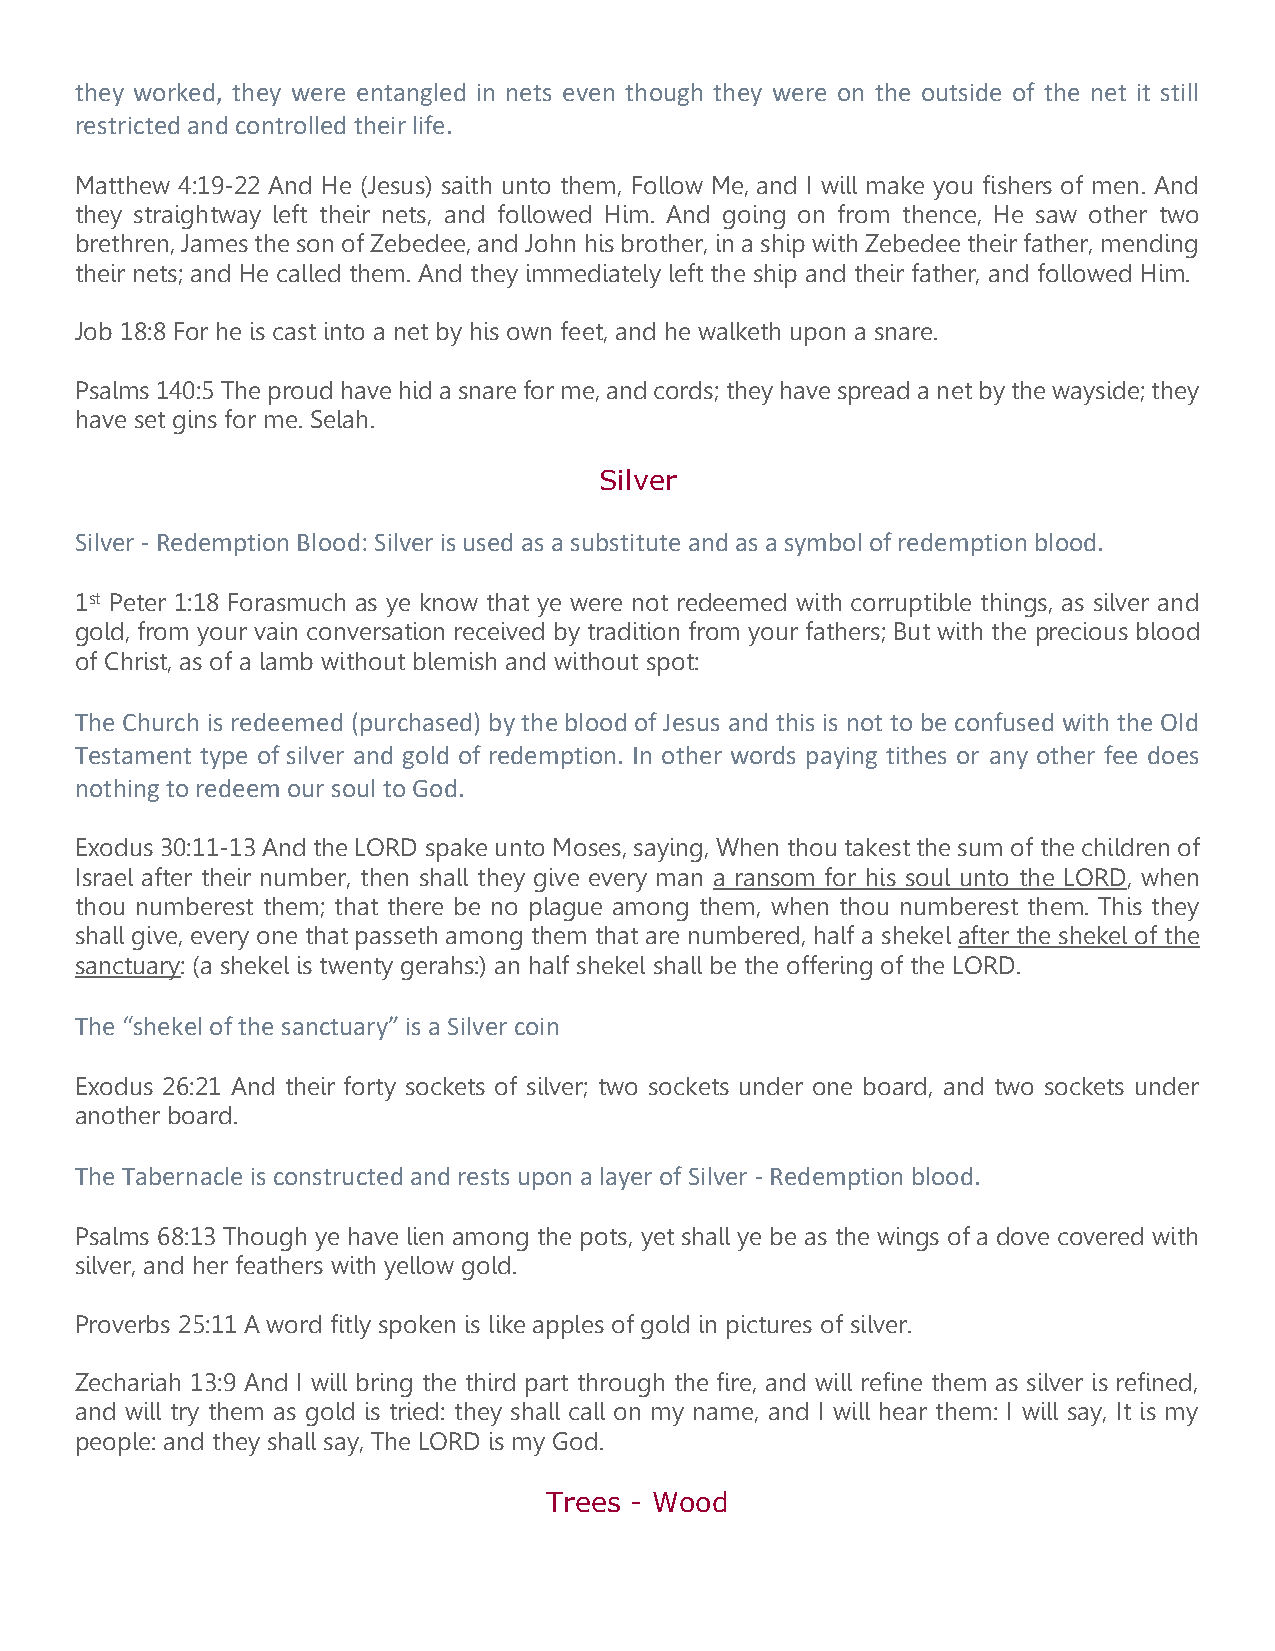
they worked, they were entangled in nets even though they were on the outside of the net it still
 restricted and controlled their life.
 Matthew 4:19-22 And He (Jesus) saith unto them, Follow Me, and I will make you fishers of men. And
 they straightway left their nets, and followed Him. And going on from thence, He saw other two
 brethren, James the son of Zebedee, and John his brother, in a ship with Zebedee their father, mending
 their nets; and He called them. And they immediately left the ship and their father, and followed Him.
 Job 18:8 For he is cast into a net by his own feet, and he walketh upon a snare.
 Psalms 140:5 The proud have hid a snare for me, and cords; they have spread a net by the wayside; they
 have set gins for me. Selah.
 Silver
 Silver - Redemption Blood: Silver is used as a substitute and as a symbol of redemption blood.
 1st Peter 1:18 Forasmuch as ye know that ye were not redeemed with corruptible things, as silver and
 gold, from your vain conversation received by tradition from your fathers; But with the precious blood
 of Christ, as of a lamb without blemish and without spot:
 The Church is redeemed (purchased) by the blood of Jesus and this is not to be confused with the Old
 Testament type of silver and gold of redemption. In other words paying tithes or any other fee does
 nothing to redeem our soul to God.
 Exodus 30:11-13 And the LORD spake unto Moses, saying, When thou takest the sum of the children of
 Israel after their number, then shall they give every man a ransom for his soul unto the LORD, when
 thou numberest them; that there be no plague among them, when thou numberest them. This they
 shall give, every one that passeth among them that are numbered, half a shekel after the shekel of the
 sanctuary: (a shekel is twenty gerahs:) an half shekel shall be the offering of the LORD.
 The “shekel of the sanctuary” is a Silver coin
 Exodus 26:21 And their forty sockets of silver; two sockets under one board, and two sockets under
 another board.
 The Tabernacle is constructed and rests upon a layer of Silver - Redemption blood.
 Psalms 68:13 Though ye have lien among the pots, yet shall ye be as the wings of a dove covered with
 silver, and her feathers with yellow gold.
 Proverbs 25:11 A word fitly spoken is like apples of gold in pictures of silver.
 Zechariah 13:9 And I will bring the third part through the fire, and will refine them as silver is refined,
 and will try them as gold is tried: they shall call on my name, and I will hear them: I will say, It is my
 people: and they shall say, The LORD is my God.
 Trees - Wood